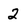
Character: 2